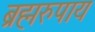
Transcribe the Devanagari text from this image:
ब्रह्मरुपाय